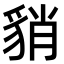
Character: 𧳍